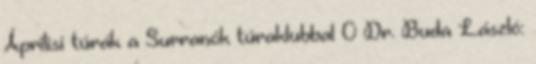
Áprilisi túrák a Surranók túraklubbal 0 Dr. Buda László: